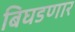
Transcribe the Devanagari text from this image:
बिघडणार